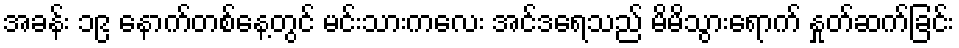
အခန်း ၁၉ နောက်တစ်နေ့တွင် မင်းသားကလေး အင်ဒရေသည် မိမိသွားရောက် နှုတ်ဆက်ခြင်း